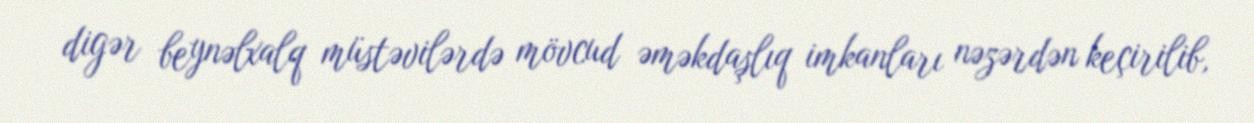
digər beynəlxalq müstəvilərdə mövcud əməkdaşlıq imkanları nəzərdən keçirilib,